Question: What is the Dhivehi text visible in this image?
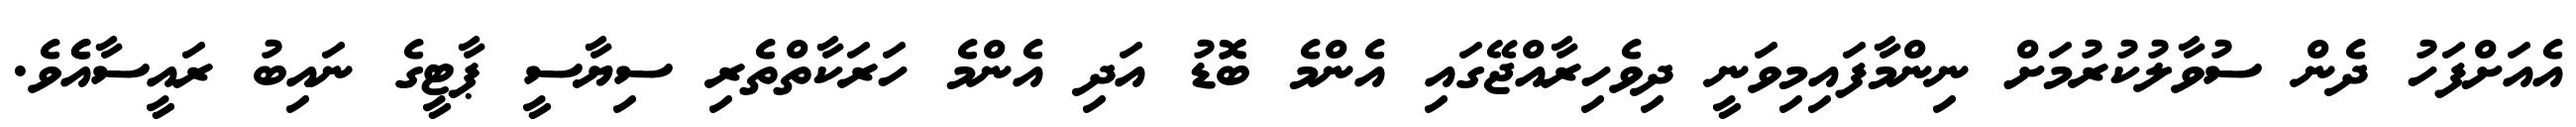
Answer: އެއަށްފަހު ދެން ސުވާލުކުރުމަށް ނިންމާފައިމިވަނީ ދިވެހިރާއްޖޭގައި އެންމެ ބޮޑު އަދި އެންމެ ހަރަކާތްތެރި ސިޔާސީ ޕާޓީގެ ނައިބު ރައީސާއެެވެ.